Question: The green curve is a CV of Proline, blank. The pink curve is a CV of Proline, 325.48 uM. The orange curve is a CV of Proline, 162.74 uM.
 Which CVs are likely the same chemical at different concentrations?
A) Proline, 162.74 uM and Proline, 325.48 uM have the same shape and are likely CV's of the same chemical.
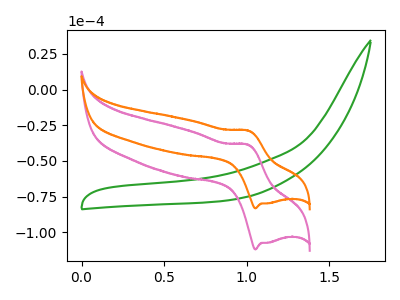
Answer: <think>The green curve "Proline, blank" has no peaks. The pink curve "Proline, 325.48 uM" has an anodic peak at (1.00V, -38.80uA) and a cathodic peak at (1.05V, -112.10uA). The orange curve "Proline, 162.74 uM" has an anodic peak at (1.00V, -28.85uA) and a cathodic peak at (1.05V, -83.25uA).
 "Proline, blank" and "Proline, 325.48 uM" have a different number of peaks. "Proline, blank" and "Proline, 162.74 uM" have a different number of peaks. All the peaks in "Proline, 325.48 uM" have a peak in "Proline, 162.74 uM" at the same potential.</think>
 <answer>A) "Proline, 162.74 uM" and "Proline, 325.48 uM" have the same shape and are likely CV's of the same chemical.</answer>
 <eval>A</eval>